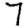
Digit: 7